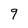
Character: 9